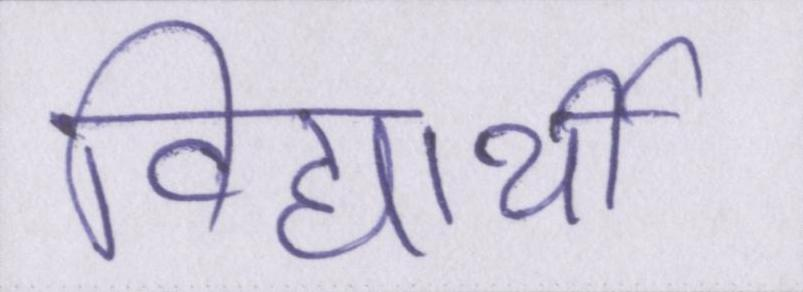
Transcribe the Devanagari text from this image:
विद्यार्थी